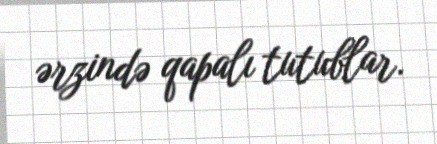
ərzində qapalı tutublar.